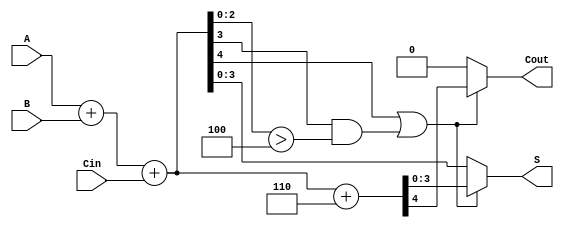
module BCD_Hybrid_Adder (
    input [3:0] A,        // 4-bit BCD input A
    input [3:0] B,        // 4-bit BCD input B
    input Cin,            // Carry-in input
    output reg [3:0] S,   // 4-bit BCD output sum
    output reg Cout       // Carry-out output
);

    wire [4:0] Sum;       // 5-bit wire to hold the binary sum
    wire correction;       // Wire to check the need for correction

    // Binary addition of A, B and Cin
    assign Sum = A + B + Cin;

    // Determine if correction is needed (if Sum > 9)
    assign correction = Sum[4] || (Sum[3] && (Sum[2:0] > 3'b100)); // Check if Sum is > 9

    always @(*) begin
        if (correction) begin
            // Apply BCD correction by adding 6 (0110 in binary)
            {Cout, S} = Sum + 5'd6; // 5d6 is adding the correction
        end else begin
            // No correction needed
            Cout = 1'b0; // No carry out
            S = Sum[3:0]; // Just take the lower 4 bits of the Sum
        end
    end

endmodule